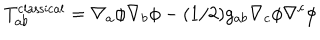
T _ { a b } ^ { \mathrm { c l a s s i c a l } } = \nabla _ { a } \phi \nabla _ { b } \phi - ( 1 / 2 ) g _ { a b } \nabla _ { c } \phi \nabla ^ { c } \phi